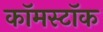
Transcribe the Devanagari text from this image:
कॉमस्टॉक